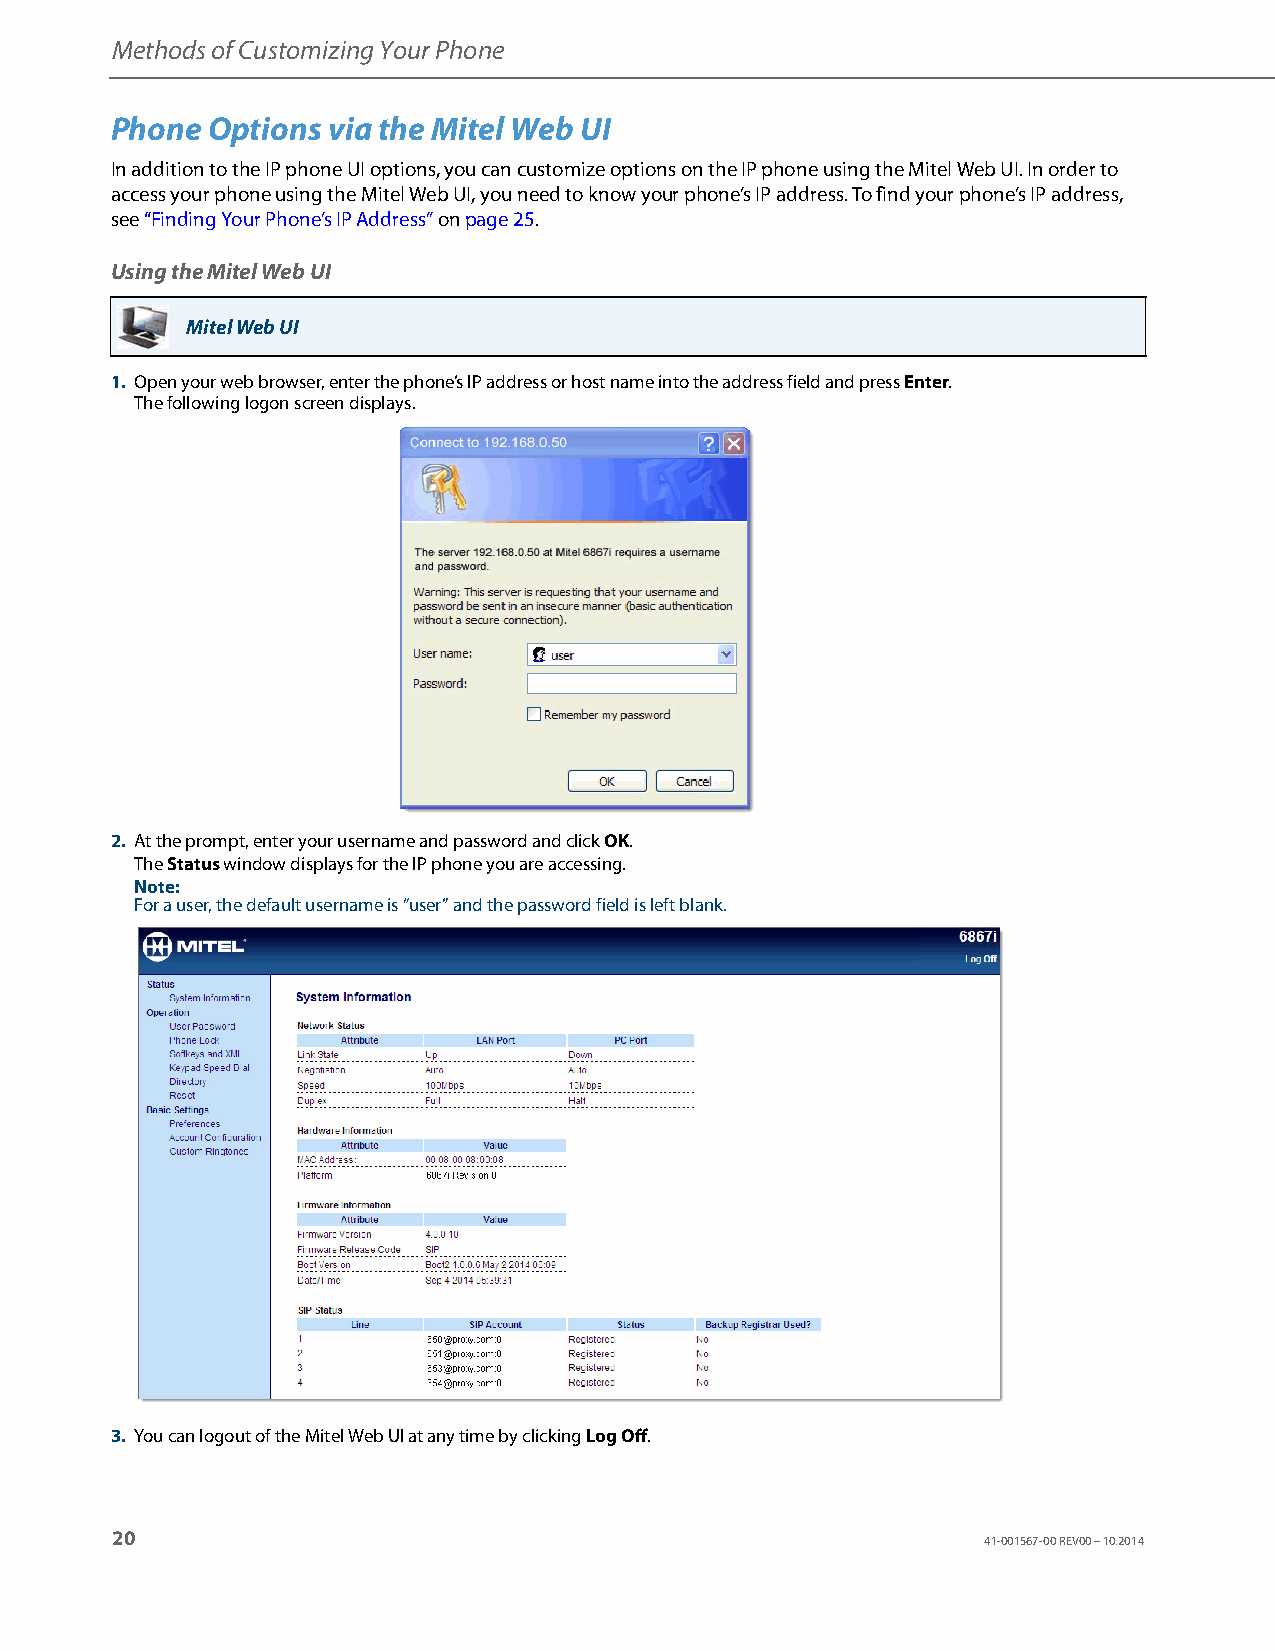
Methods of Customizing Your Phone
 Phone  Options via the Mitel Web UI
 In addition to the IP phone UI options, you can customize options on the IP phone using the Mitel Web UI. In order to
 access your phone using the Mitel Web UI, you need to know your phone’s IP address. To find your phone’s IP address,
 see “Finding Your Phone’s IP Address” on page25.
 Using the Mitel Web UI
 Mitel Web UI
 1. Open your web browser, enter the phone’s IP address or host name into the address field and press Enter.
 The following logon screen displays.
 2. At the prompt, enter your username and password and click OK.
 The Status window displays for the IP phone you are accessing.
 Note:
 For a user, the default username is “user” and the password field is left blank.
 3. You can logout of the Mitel Web UI at any time by clicking Log Off.
 20
 41-001567-00 REV00 – 10.2014